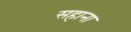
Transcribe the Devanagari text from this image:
सहाना